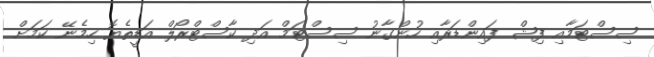
ސިސްޓަމާއި ފިޝް ފައިންޑަރާއި ހުންގާނު ސިސްޓަމް އަދި ކާސްޓްރޯލް އަޑީތެޔޮ ހިމެނޭ ކަމަށް